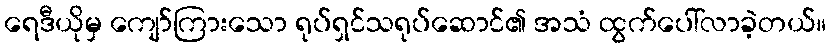
ရေဒီယိုမှ ကျော်ကြားသော ရုပ်ရှင်သရုပ်ဆောင်၏ အသံ ထွက်ပေါ်လာခဲ့တယ်။